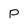
Character: P